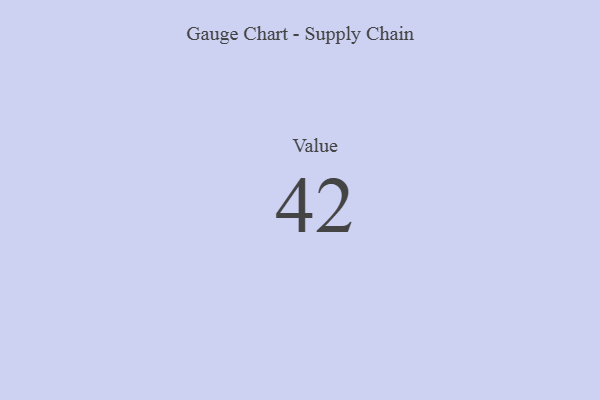
{"axis": {"x": "Metric", "y": "Value"}, "legend": [""], "data": [{"x": "Value", "y": 42, "type": ""}]}